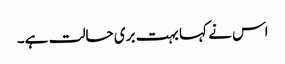
اس نے کہا بہت بری حالت ہے۔